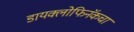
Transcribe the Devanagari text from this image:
डायक्लोफिनॅकचा